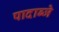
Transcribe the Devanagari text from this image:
पादाब्जे